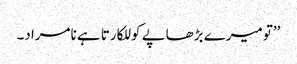
’’تو میرے بڑھاپے کو للکارتا ہے نامراد۔